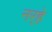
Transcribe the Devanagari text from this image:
नर्‍हे